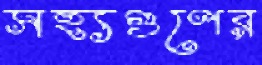
সহ্যগুণের